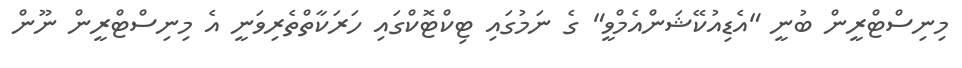
މިނިސްޓްރީން ބުނީ "އެޑިއުކޭޝަންއެމްވީ" ގެ ނަމުގައި ޓިކްޓޮކްގައި ހަރަކާތްތެރިވަނީ އެ މިނިސްޓްރީން ނޫން